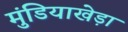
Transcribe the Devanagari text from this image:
मुंडियाखेड़ा